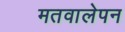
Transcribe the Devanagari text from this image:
मतवालेपन